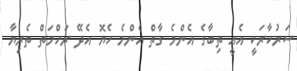
ސަރުކާރަކީ އެއީ ތިބާގެ އެންމެ ގާތް އެންމެ ހެޔޮ އެދޭ ރަހްމަތް ތެރިޔާ